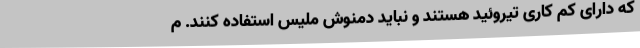
که دارای کم کاری تیروئید هستند و نباید دمنوش ملیس استفاده کنند. م